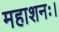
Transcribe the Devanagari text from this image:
महाशनः।